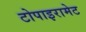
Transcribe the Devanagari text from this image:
टोपाइरामेट